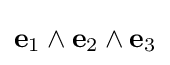
\mathbf {e} _{1}\wedge \mathbf {e} _{2}\wedge \mathbf {e} _{3}